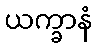
ယက္ခာနံ